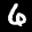
Label: 6